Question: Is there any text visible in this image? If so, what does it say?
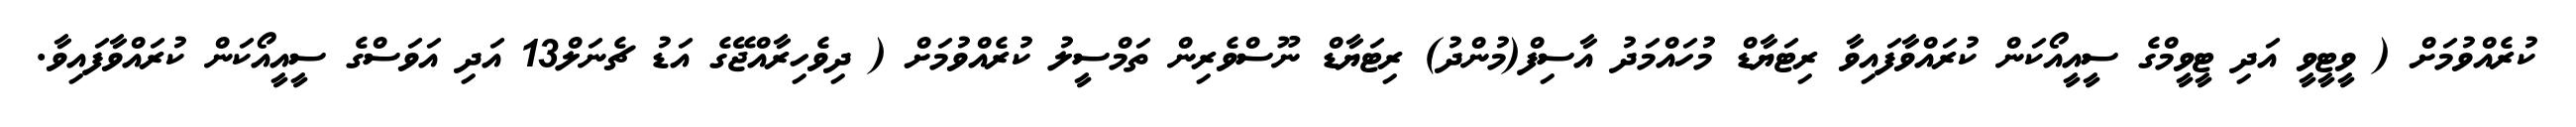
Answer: ކުރެއްވުމަށް ( ވީޓީވީ އަދި ޓީވީމްގެ ސީއީއޯކަން ކުރައްވާފައިވާ ރިޓަޔާޑް މުހައްމަދު އާސިފް(މުންދު) ރިޓަޔާޑް ނޫސްވެރިން ތަމްސީލު ކުރެއްވުމަށް ( ދިވެހިރާއްޖޭގެ އަޑު ޗެނަލް13 އަދި އަވަސްގެ ސީއީއޯކަން ކުރައްވާފައިވާ.